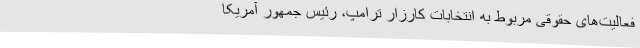
فعالیت‌های حقوقی مربوط به انتخابات کارزار ترامپ، رئیس جمهور آمریکا